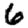
Digit: 6